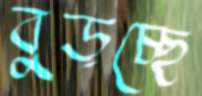
বুড়চ্ছে